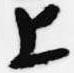
上